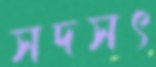
সদসৎ